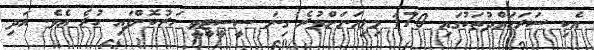
އެކި ސަރަހައްދުތަކުގައި 170 މިލިއަނަށްވުރެ ގިނަ ސީސީޓީވީ ހަރުކޮށްފައި ހުރެ އެވެ. އަދި